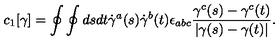
c _ { 1 } [ \gamma ] = \oint \oint d s d t \dot { \gamma } ^ { a } ( s ) \dot { \gamma } ^ { b } ( t ) \epsilon _ { a b c } { \frac { \gamma ^ { c } ( s ) - \gamma ^ { c } ( t ) } { | \gamma ( s ) - \gamma ( t ) | } } .